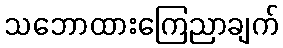
သဘောထားကြေညာချက်